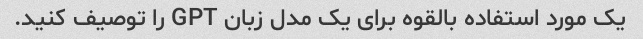
یک مورد استفاده بالقوه برای یک مدل زبان GPT را توصیف کنید.